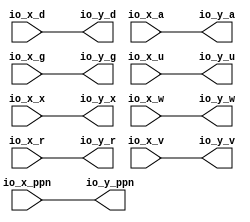
module OptimizationBarrier_43(
  input  [43:0] io_x_ppn,
  input         io_x_d,
  input         io_x_a,
  input         io_x_g,
  input         io_x_u,
  input         io_x_x,
  input         io_x_w,
  input         io_x_r,
  input         io_x_v,
  output [43:0] io_y_ppn,
  output        io_y_d,
  output        io_y_a,
  output        io_y_g,
  output        io_y_u,
  output        io_y_x,
  output        io_y_w,
  output        io_y_r,
  output        io_y_v
);
  assign io_y_ppn = io_x_ppn; // @[package.scala 263:12]
  assign io_y_d = io_x_d; // @[package.scala 263:12]
  assign io_y_a = io_x_a; // @[package.scala 263:12]
  assign io_y_g = io_x_g; // @[package.scala 263:12]
  assign io_y_u = io_x_u; // @[package.scala 263:12]
  assign io_y_x = io_x_x; // @[package.scala 263:12]
  assign io_y_w = io_x_w; // @[package.scala 263:12]
  assign io_y_r = io_x_r; // @[package.scala 263:12]
  assign io_y_v = io_x_v; // @[package.scala 263:12]
endmodule